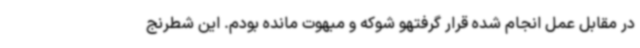
در مقابل عمل انجام شده قرار گرفتهو شوکه و مبهوت مانده بودم. این شطرنج